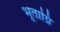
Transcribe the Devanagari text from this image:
भूताग्नि